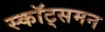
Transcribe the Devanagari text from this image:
स्कॉट्समन